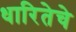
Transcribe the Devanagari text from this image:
धारितेचे